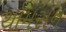
થૉમસન